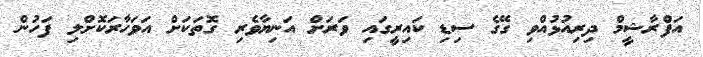
އަފްރާޝީމް ދިރިއުޅުއްވި ގޭގެ ސިޑި ކައިރީގައި ވަރަށް އަނިޔާވެރި ގޮތަކަށް އަވަހާރަކޮށްލި ފަހުން